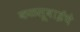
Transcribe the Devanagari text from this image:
कळसूबाईचे